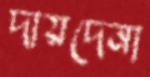
দায়দেনা